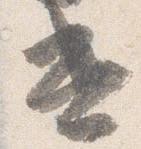
遣